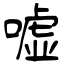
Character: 嘘